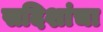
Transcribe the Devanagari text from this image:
सदिशांचा